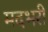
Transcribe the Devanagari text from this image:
मदभरी